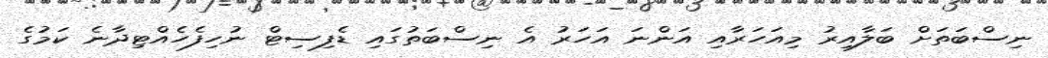
ނިސްބަތަށް ބަލާއިރު މިއަހަރާއި އަންނަ އަހަރު އެ ނިސްބަތުގައި ޑެފިސިޓް ނުހިފެހެއްޓިދާނެ ކަމުގެ